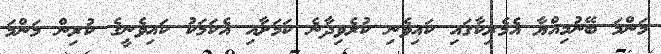
މަންމަ ބޭނުމިއްޔާ އެމެރިކާގައި ކައިވެނި ކުރެވިދާނެ ކަމަށާއި އެކަމަކު ކައިވެނީގެ ކުރިން މަންމަ